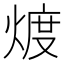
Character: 𱫪